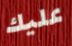
عليك